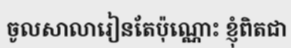
ចូលសាលារៀនតែប៉ុណ្ណោះ ខ្ញុំពិតជា